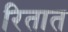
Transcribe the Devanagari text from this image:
रितात